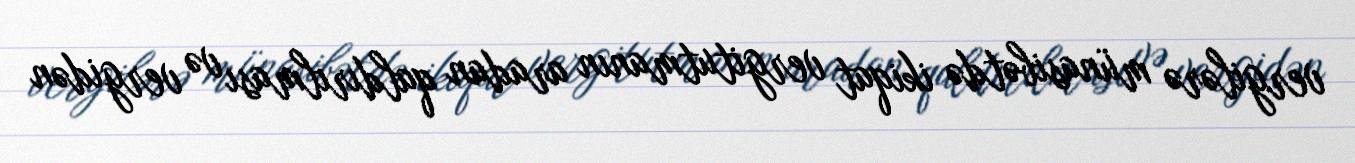
vergilərə münasibətdə ikiqat vergitutmanın aradan qaldırılması və vergidən